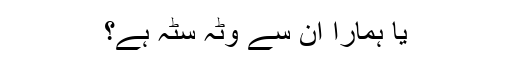
یا ہمارا ان سے وٹہ سٹہ ہے؟